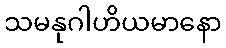
သမနုဂါဟိယမာနော